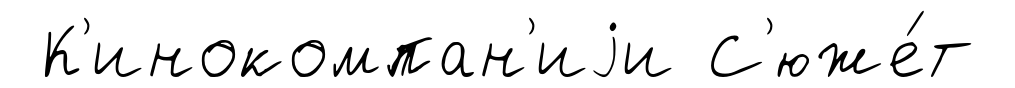
К'инокомпан'иjи С'юже́т